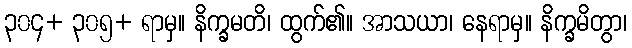
၃၀၄+ ၃၀၅+ ရာမှ။ နိက္ခမတိ၊ ထွက်၏။ အာသယာ၊ နေရာမှ။ နိက္ခမိတွာ၊